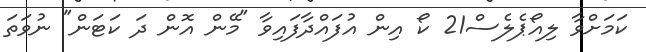
ކަމަށްވާ ލިއޯޕެލެސް21 ކޯ އިން އުފައްދާފައިވާ "މޭން އޮން ދަ ކަޓަން" ނުވަތަ